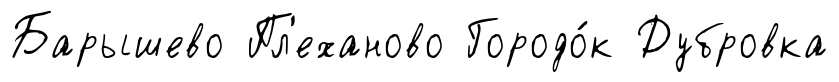
Барышево Пл'еханово Городо́к Дубровка